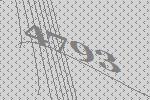
4793